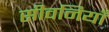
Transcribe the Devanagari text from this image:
सीवनियाँ